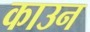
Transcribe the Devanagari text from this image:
काउन